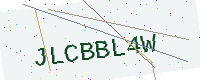
Text: JLCBBL4W